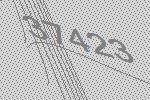
37423